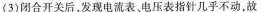
(3)闭合开关后，发现电流表，电压表指针几乎不动，故